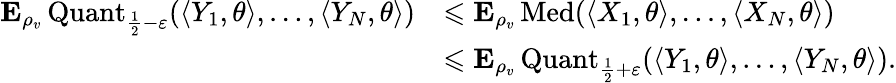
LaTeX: \begin{array}{rl}{{\mathbf E}_{\rho_{v}}\operatorname{Quant}_{\frac{1}{2}-\varepsilon}(\langle Y_{1},\theta\rangle,\ldots,\langle Y_{N},\theta\rangle)}&{\leqslant{\mathbf E}_{\rho_{v}}\operatorname{Med}(\langle X_{1},\theta\rangle,\ldots,\langle X_{N},\theta\rangle)}\\ &{\leqslant{\mathbf E}_{\rho_{v}}\operatorname{Quant}_{\frac{1}{2}+\varepsilon}(\langle Y_{1},\theta\rangle,\ldots,\langle Y_{N},\theta\rangle).}\end{array}